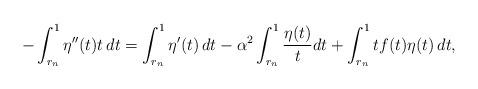
LaTeX: \begin{align*}-\int_{r_n}^1\eta''(t)t\,dt=\int_{r_n}^1\eta'(t)\,dt-\alpha^2\int_{r_n}^1\frac{\eta(t)}{t}dt+\int_{r_n}^1 t f(t)\eta(t)\,dt,\end{align*}